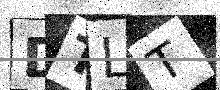
Text: DTLT